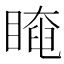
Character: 𥉱